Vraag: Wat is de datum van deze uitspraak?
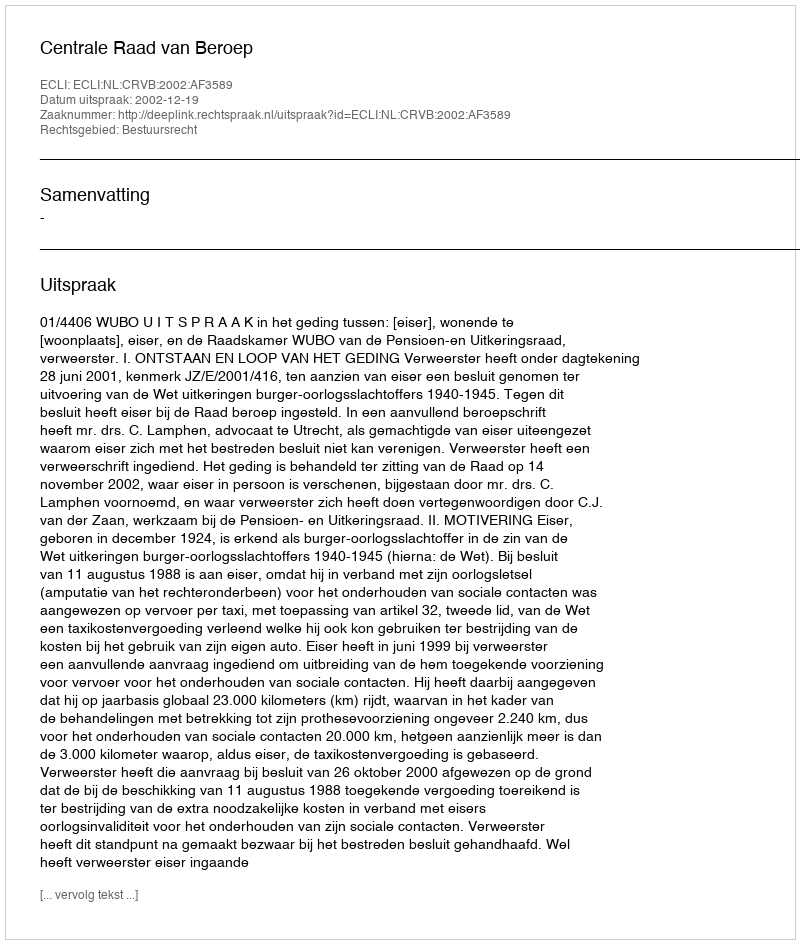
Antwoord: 2002-12-19